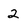
Character: 2